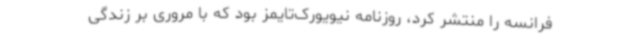
فرانسه را منتشر کرد، روزنامه نیویورک‌تایمز بود که با مروری بر زندگی